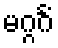
မဂ္ဂင်္ဂံ